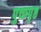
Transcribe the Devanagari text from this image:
पुच्छपृष्ठ